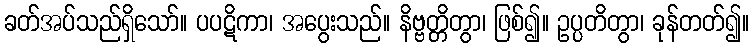
ခတ်အပ်သည်ရှိသော်။ ပပဋိကာ၊ အပွေးသည်။ နိဗ္ဗတ္တိတွာ၊ ဖြစ်၍။ ဥပ္ပတိတွာ၊ ခုန်တတ်၍။